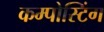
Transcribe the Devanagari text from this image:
कम्पोस्टिंग